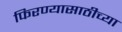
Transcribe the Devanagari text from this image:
फिरण्यासाठीच्या